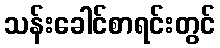
သန်းခေါင်စာရင်းတွင်